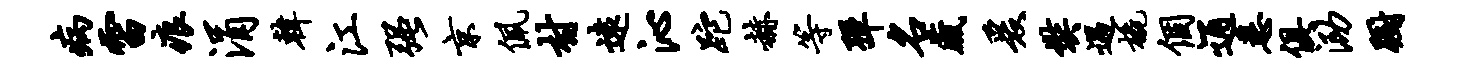
病雷痕涓韩江强京佩村远沁跎赫等弹名藏爰奘遇橇个通悉俱泐蹰